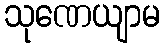
သုဏေယျာမ